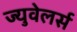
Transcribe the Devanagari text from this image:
ज्युवेलर्स